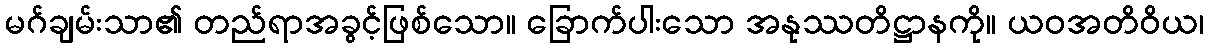
မဂ်ချမ်းသာ၏ တည်ရာအခွင့်ဖြစ်သော။ ခြောက်ပါးသော အနုဿတိဋ္ဌာနကို။ ယဝအတိဝိယ၊